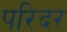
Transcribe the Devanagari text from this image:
परिदर